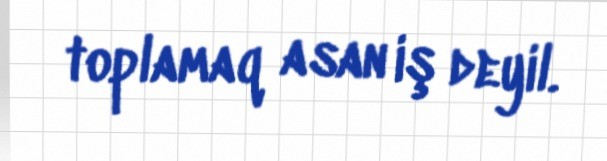
toplamaq asan iş deyil.